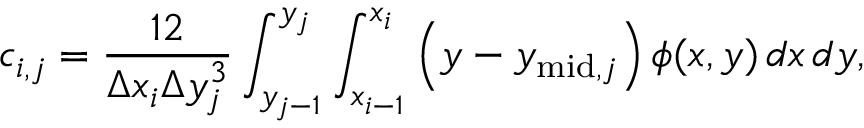
c _ { i , j } = \frac { 1 2 } { \Delta x _ { i } \Delta y _ { j } ^ { 3 } } \int _ { y _ { j - 1 } } ^ { y _ { j } } \int _ { x _ { i - 1 } } ^ { x _ { i } } \left( y - y _ { \mathrm { m i d } , j } \right) \phi ( x , y ) \, d x \, d y ,